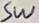
Text: SW